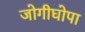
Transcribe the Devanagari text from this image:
जोगीघोपा